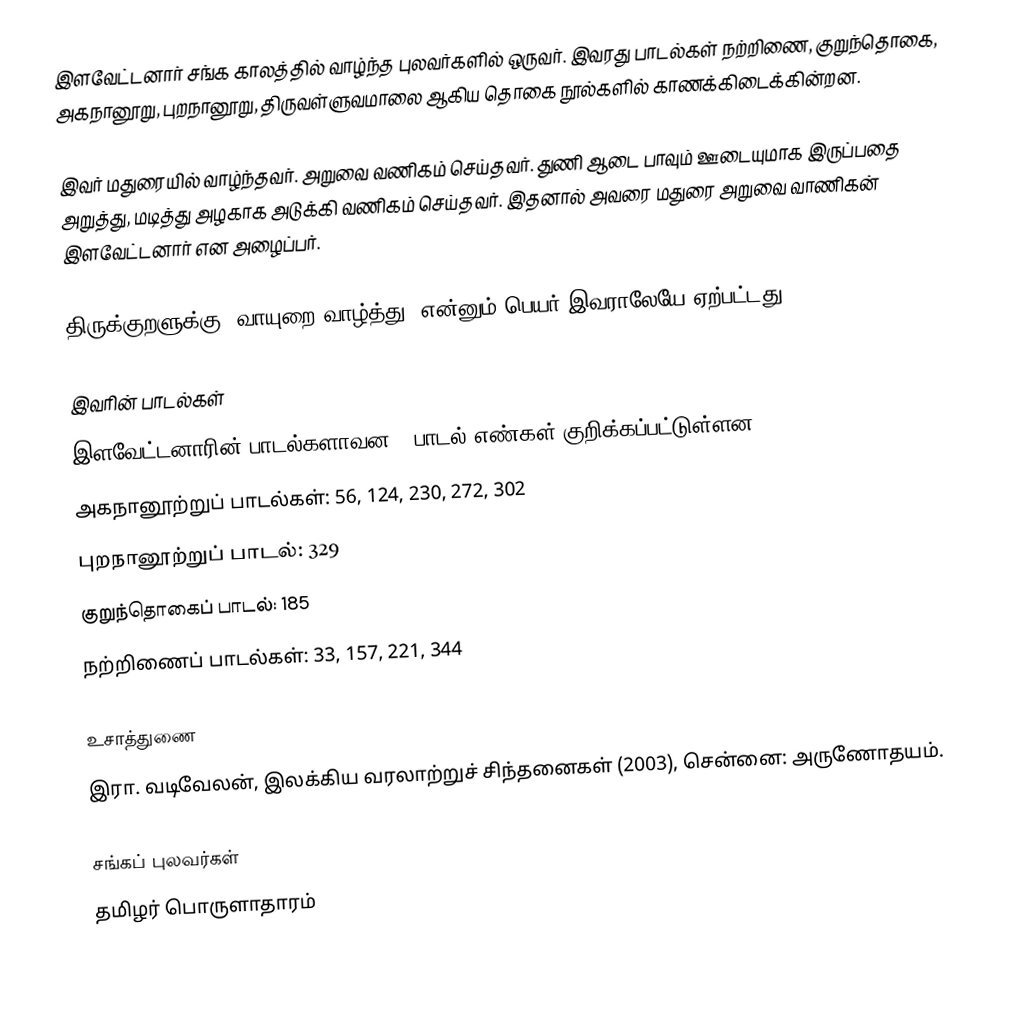
இளவேட்டனார் சங்க காலத்தில் வாழ்ந்த புலவர்களில் ஒருவர். இவரது பாடல்கள் நற்றிணை, குறுந்தொகை, அகநானூறு, புறநானூறு, திருவள்ளுவமாலை ஆகிய தொகை நூல்களில் காணக்கிடைக்கின்றன.

இவர் மதுரையில் வாழ்ந்தவர். அறுவை வணிகம் செய்தவர். துணி ஆடை பாவும் ஊடையுமாக இருப்பதை அறுத்து, மடித்து அழகாக அடுக்கி வணிகம் செய்தவர். இதனால் அவரை மதுரை அறுவை வாணிகன் இளவேட்டனார் என அழைப்பர்.

திருக்குறளுக்கு "வாயுறை வாழ்த்து" என்னும் பெயர் இவராலேயே ஏற்பட்டது.

இவரின் பாடல்கள்
இளவேட்டனாரின் பாடல்களாவன: (பாடல் எண்கள் குறிக்கப்பட்டுள்ளன)
 அகநானூற்றுப் பாடல்கள்: 56, 124, 230, 272, 302
 புறநானூற்றுப் பாடல்: 329
 குறுந்தொகைப் பாடல்: 185
 நற்றிணைப் பாடல்கள்: 33, 157, 221, 344

உசாத்துணை
 இரா. வடிவேலன், இலக்கிய வரலாற்றுச் சிந்தனைகள் (2003), சென்னை: அருணோதயம்.

சங்கப் புலவர்கள்
தமிழர் பொருளாதாரம்